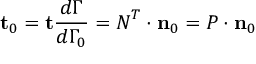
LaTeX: \mathbf { t } _ { 0 } = \mathbf { t } { \frac { d { \Gamma } } { d \Gamma _ { 0 } } } = { \boldsymbol { N } } ^ { T } \cdot \mathbf { n } _ { 0 } = { \boldsymbol { P } } \cdot \mathbf { n } _ { 0 }